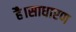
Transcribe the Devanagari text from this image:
है।साधारण